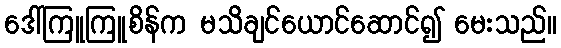
ဒေါ်ကြူကြူစိန်က မသိချင်ယောင်ဆောင်၍ မေးသည်။